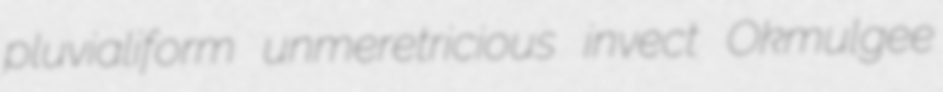
pluvialiform unmeretricious invect Okmulgee